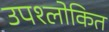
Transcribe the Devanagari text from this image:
उपश्लोकित